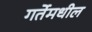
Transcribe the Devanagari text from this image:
गर्तेमधील